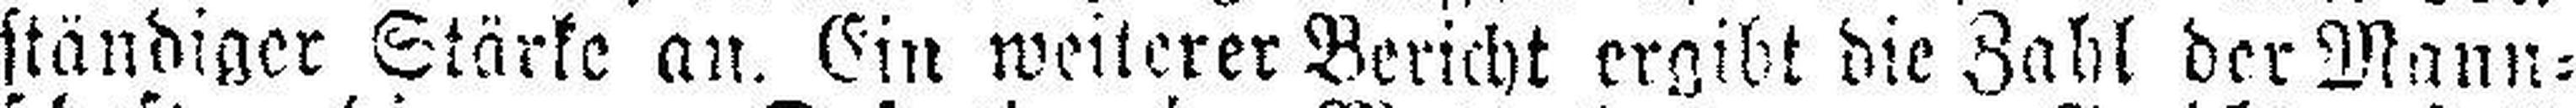
ständiger Stärke an. Ein weiterer Bericht ergibt die Zahl der Mann¬